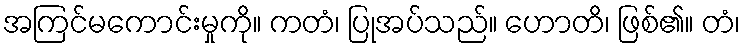
အကြင်မကောင်းမှုကို။ ကတံ၊ ပြုအပ်သည်။ ဟောတိ၊ ဖြစ်၏။ တံ၊